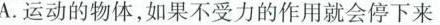
A.运动的物体，如果不受力的作用就会停下来